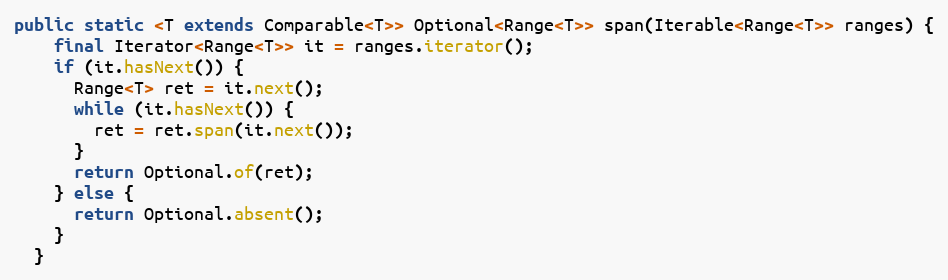
Language: Java
public static <T extends Comparable<T>> Optional<Range<T>> span(Iterable<Range<T>> ranges) {
    final Iterator<Range<T>> it = ranges.iterator();
    if (it.hasNext()) {
      Range<T> ret = it.next();
      while (it.hasNext()) {
        ret = ret.span(it.next());
      }
      return Optional.of(ret);
    } else {
      return Optional.absent();
    }
  }